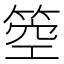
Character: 箜